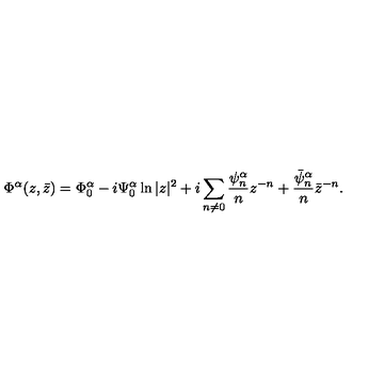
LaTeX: \Phi ^ { \alpha } ( z , \bar { z } ) = \Phi _ { 0 } ^ { \alpha } - i \Psi _ { 0 } ^ { \alpha } \ln | z | ^ { 2 } + i \sum _ { n \neq 0 } \frac { \psi _ { n } ^ { \alpha } } n z ^ { - n } + \frac { \bar { \psi } _ { n } ^ { \alpha } } n \bar { z } ^ { - n } .